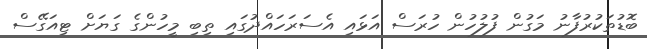
ބޮޑުތަކުރުފާނު މަގުން ފުލުހުން ހުރަސް އަޅައި އެސަރަހައްދުގައި ތިބި މީހުންގެ ގަޔަށް ޓިއަގޭސް